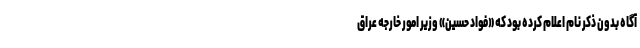
آگاه بدون ذکر نام اعلام کرده بود که «فواد حسین» وزیر امور خارجه عراق